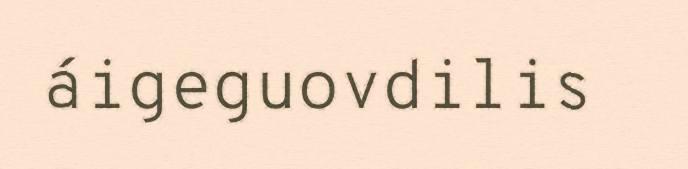
áigeguovdilis